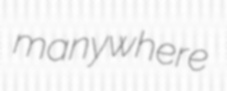
manywhere